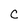
Character: C